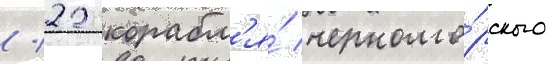
/ 22 корабл'я́ черномо́рского